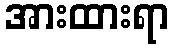
အားထားရာ